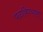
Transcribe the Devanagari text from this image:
पळविण्यास